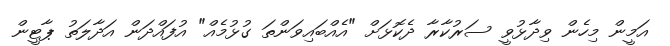
އަމީން މިހެން ވިދާޅުވީ ސަރުކާރާ ދެކޮޅަށް "އެއްބައިވަންތަ ގުޅުމެއް" އުފައްދަން އަދާލަތު ޕާޓީން